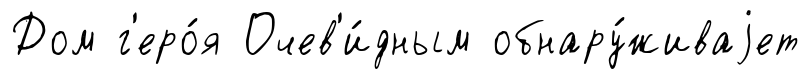
Дом г'еро́я Очев'и́дным обнару́живаjет